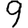
Digit: 9